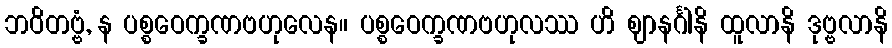
ဘဝိတဗ္ဗံ, န ပစ္စဝေက္ခဏဗဟုလေန။ ပစ္စဝေက္ခဏဗဟုလဿ ဟိ ဈာနင်္ဂါနိ ထူလာနိ ဒုဗ္ဗလာနိ